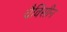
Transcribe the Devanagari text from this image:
चैविसीन